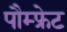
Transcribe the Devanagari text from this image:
पौम्‍फ्रेट